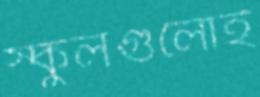
স্কুলগুলোই